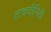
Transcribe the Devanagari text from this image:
ताकदीनिशी